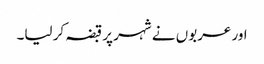
اور عربوں نے شہر پر قبضہ کر لیا۔